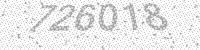
Solution: 726018